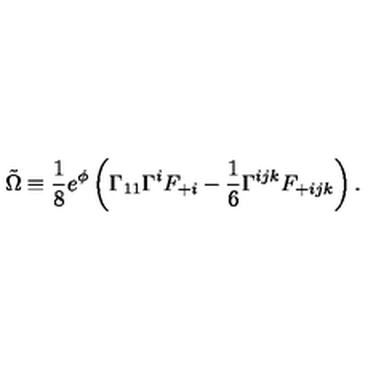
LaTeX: \tilde { \Omega } \equiv { \frac { 1 } { 8 } } e ^ { \phi } \left( \Gamma _ { 1 1 } \Gamma ^ { i } F _ { + i } - { \frac { 1 } { 6 } } \Gamma ^ { i j k } F _ { + i j k } \right) .